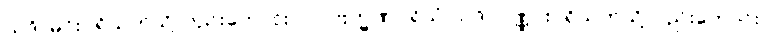
ယဒိ၊ မင်းပရိသတ်သို့လည်းကောင်း။ ပ။ ဗြဟ္မဏပရိသံ ယဒိ၊ ပုဏ္ဏားပရိသတ်သို့လည်းကောင်း။